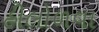
હીલોળવા